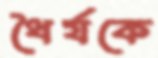
ধৈর্যকে